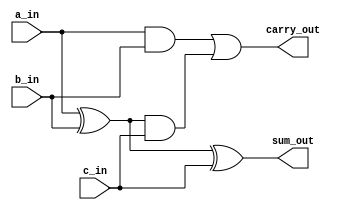
`timescale 1ns / 1ps
//////////////////////////////////////////////////////////////////////////////////
// Company: 
// Engineer: 
// 
// Design Name: 
// Module Name: Design_Adder
// Project Name: 
// Target Devices: 
// Tool Versions: 
// Description: 
// 
// Dependencies: 
// 
// Revision:
// Revision 0.01 - File Created
// Additional Comments:
// 
//////////////////////////////////////////////////////////////////////////////////


module Design_Adder(
input a_in,
input b_in,
input c_in,
output sum_out,
output carry_out
    );
    assign sum_out = (a_in ^ b_in) ^ c_in;
    assign carry_out = (a_in & b_in) | ((a_in ^ b_in) & c_in);
endmodule